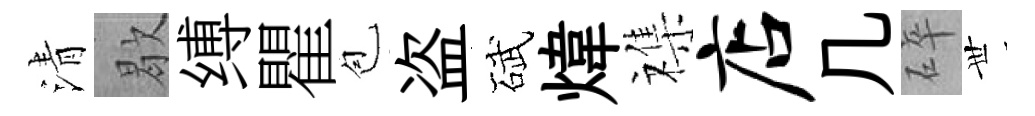
清歇缚瞿苞盗碔煒襍店几碎𠀍